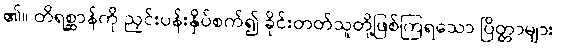
၏။ တိရစ္ဆာန်ကို ညှင်းပန်းနှိပ်စက်၍ ခိုင်းတတ်သူတို့ဖြစ်ကြရသော ပြိတ္တာများ၊